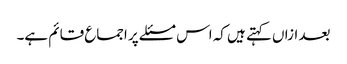
بعد ازاں کہتے ہیں کہ اس مسئلے پر اجماع قائم ہے۔